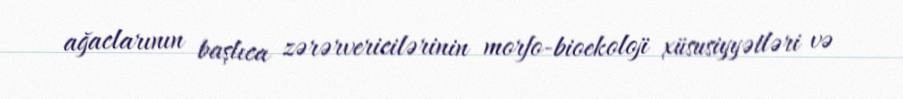
ağaclarının başlıca zərərvericilərinin morfo-bioekoloji xüsusiyyətləri və